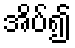
အိပ်၍